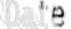
DATE